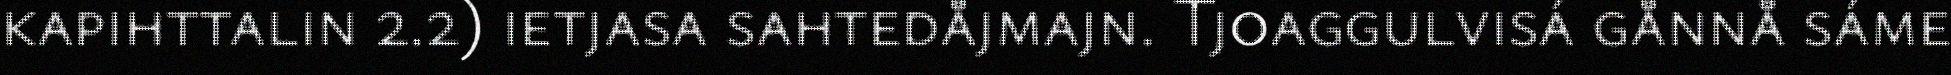
kapihttalin 2.2) ietjasa sahtedåjmajn. Tjoaggulvisá gånnå sáme